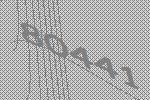
80441